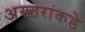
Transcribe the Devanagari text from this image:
अख्तरांकडे